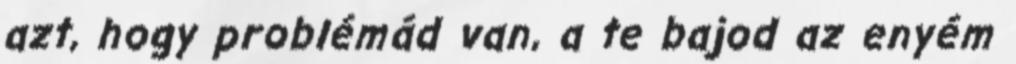
azt, hogy problémád van, a te bajod az enyém